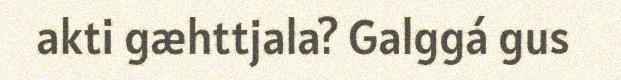
akti gæhttjala? Galggá gus